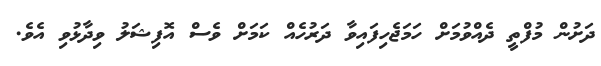
ދަށުން މުފްތީ ދެއްވުމަށް ހަމަޖެހިފައިވާ ދަރުހެއް ކަމަށް ވެސް އޮފިޝަލު ވިދާޅުވި އެވެ.